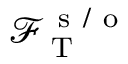
\mathcal { F } _ { \mathrm { ~ T ~ } } ^ { \mathrm { ~ s ~ / ~ o ~ } }